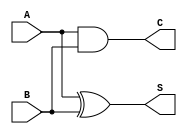
module current_mode_half_adder (
    input wire A,   // Current input representing the first binary digit
    input wire B,   // Current input representing the second binary digit
    output wire S,  // Current output representing the sum
    output wire C   // Current output representing the carry
);

// Internal signals for the logic operations
wire A_and_B; // Intermediate signal for AND operation
wire A_xor_B; // Intermediate signal for XOR operation

// Carry output (C) - generated by AND operation
assign C = A & B;  // C = A  B

// Sum output (S) - generated by XOR operation
assign S = A ^ B;  // S = A  B

endmodule